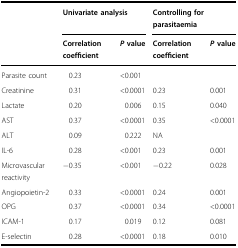
|  | <COLSPAN=2> Univariate analysis | <COLSPAN=2> Controlling for parasitaemia |
 |  | Correlation coefficient | P value | Correlation coefficient | P value |
 | --- | --- | --- | --- | --- |
 | Parasite count | 0.23 | <0.001 |  |  |
 | Creatinine | 0.31 | <0.0001 | 0.23 | 0.001 |
 | Lactate | 0.20 | 0.006 | 0.15 | 0.040 |
 | AST | 0.37 | <0.0001 | 0.35 | <0.0001 |
 | ALT | 0.09 | 0.222 | NA |  |
 | IL-6 | 0.28 | <0.001 | 0.23 | 0.001 |
 | Microvascular reactivity | −0.35 | <0.001 | −0.22 | 0.028 |
 | Angiopoietin-2 | 0.33 | <0.0001 | 0.24 | 0.001 |
 | OPG | 0.37 | <0.0001 | 0.34 | <0.0001 |
 | ICAM-1 | 0.17 | 0.019 | 0.12 | 0.081 |
 | E-selectin | 0.28 | <0.0001 | 0.18 | 0.010 |